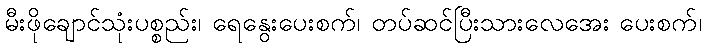
မီးဖိုချောင်သုံးပစ္စည်း၊ ရေနွေးပေးစက်၊ တပ်ဆင်ပြီးသားလေအေး ပေးစက်၊